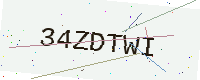
Text: 34ZDTWI